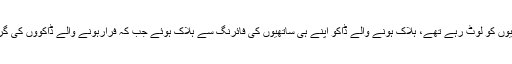
پولیس کا کہنا ہے کہ ڈاکو ناکہ لگا کر شہریوں کو لوٹ رہے تھے، ہلاک ہونے والے ڈاکو اپنے ہی ساتھیوں کی فائرنگ سے ہلاک ہوئے جب کہ فرارہونے والے ڈاکووں کی گرفتاری کے لیے چھاپے مارے جارہے ہیں۔